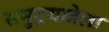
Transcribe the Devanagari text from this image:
समुद्रयात्रेला